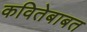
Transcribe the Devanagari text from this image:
कवितेबाबत